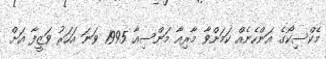
މެކްސިކޯގެ އަންހެނެއް ކަމަށްވާ މާރިއާ މަންސިއާ 1995 ވަނަ އަހަރު ވަޒީފާ އަށް